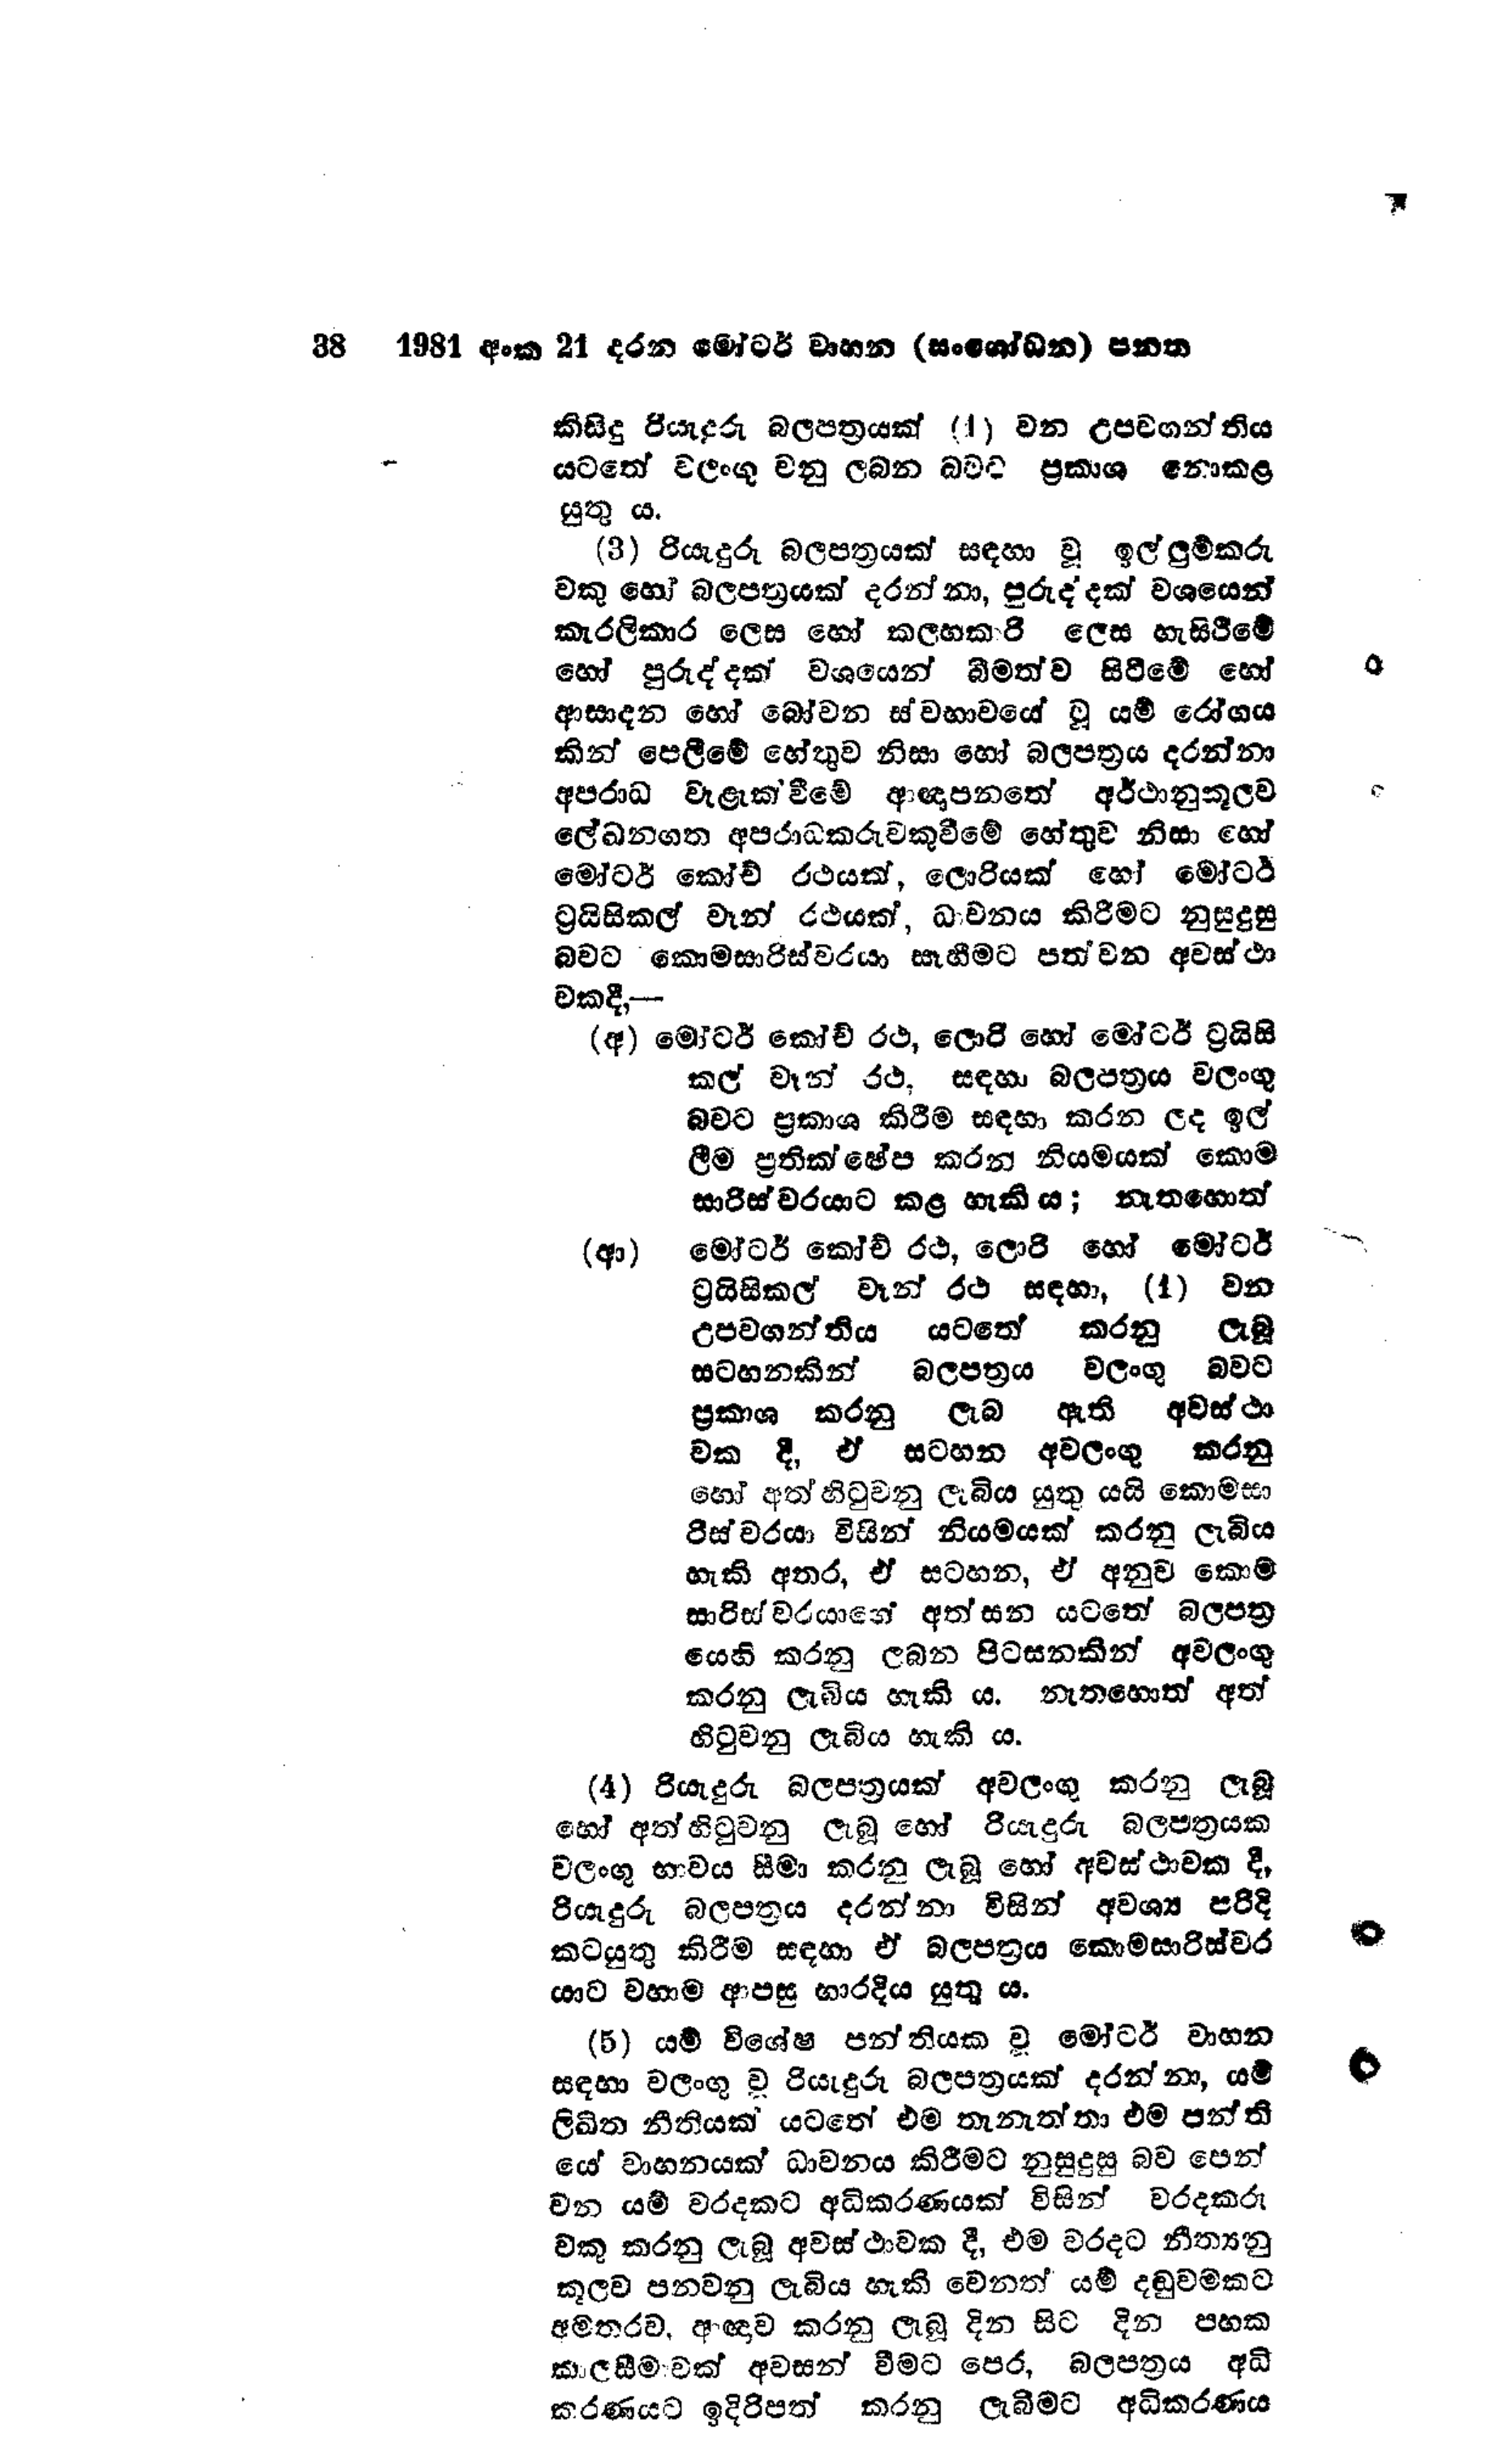
38  1981 අංක 21 දරන මෝටර් වාහන (සංශෝධන) පනත

කිසිදු රියැදුරු බලපත්‍රයක් (1) වන උපවගන්තිය
යටතේ වලංගු වනු ලබන බවට ප්‍රකාශ නොකළ
යුතු ය.

(3) රියැදුරු බලපත්‍රයක් සඳහා වූ ඉල්ලුම්කරු
වකු හෝ බලපත්‍රයක් දරන්නා, පුරුද්දක් වශයෙන්
කැරලිකාර ලෙස හෝ කලහකාරි ලෙස හැසිරීමේ
හෝ පුරුද්දක් වශයෙන් බීමත්ව සිටීමේ හෝ
ආසාදන හෝ බෝවන ස්වභාවයේ වූ යම් රෝගය
කින් පෙලීමේ හේතුව නිසා හෝ බලපත්‍රය දරන්නා
අපරාධ වැළැක්වීමේ ආඥාපනතේ අර්ථානුකූලව
ලේඛනගත අපරාධකරුවකුවීමේ හේතුව නිසා හෝ
මෝටර් කෝච් රථයක්, ලොරියක් හෝ මෝටර්
ට්‍රයිසිකල් වෑන් රථයක්, ධාවනය කිරීමට නුසුදුසු
බවට කොමසාරිස්වරයා සෑහීමට පත්වන අවස්ථා
වකදී,

(අ)මෝටර් කෝච් රථ, ලොරි හෝ මෝටර් ට්‍රයිසි
කල් වෑන් රථ, සඳහා බලපත්‍රය වලංගු
බවට ප්‍රකාශ කිරීම සඳහා කරන ලද ඉල්
ලීම ප්‍රතික්ෂේප කරන නියමයක් කොම
සාරිස්වරයාට කළ හැකිය; නැතහොත්

(ආ)මෝටර් කෝච් රථ, ලොරි හෝ මෝටර්
ට්‍රයිසිකල් වෑන් රථ සඳහා, (1) වන
උපවගන්තිය යටතේ කරනු ලැබූ
සටහනකින් බලපත්‍රය වලංගු බවට
ප්‍රකාශ කරනු ලැබ ඇති අවස්ථා
වක දී, ඒ සටහන අවලංගු කරනු
හෝ අත් හිටුවනු ලැබිය යුතු යයි කොමසා
රිස්වරයා විසින් නියමයක් කරනු ලැබිය
හැකි අතර, ඒ සටහන, ඒ අනුව කොම
සාරිස්වරයාගේ අත්සන යටතේ බලපත්‍ර
යෙහි කරනු ලබන පිටසනකින් අවලංගු
කරනු ලැබිය හැකි ය. නැතහොත් අත්
හිටුවනු ලැබිය හැකි ය.

(4) රියැදුරු බලපත්‍රයක් අවලංගු කරනු ලැබූ
හෝ අත් හිටුවනු ලැබූ හෝ රියැදුරු බලපත්‍රයක
වලංගු භාවය සීමා කරනු ලැබූ හෝ අවස්ථාවක දී,
රියැදුරු බලපත්‍රය දරන්නා විසින් අවශ්‍ය පරිදි
කටයුතු කිරීම සඳහා ඒ බලපත්‍රය කොමසාරිස්වර
යාට වහාම ආපසු භාරදිය යුතු ය.

(5) යම් විශේෂ පන්තියක වූ මෝටර් වාහන
සඳහා වලංගු වූ රියැදුරු බලපත්‍රයක් දරන්නා, යම්
ලිඛිත නීතියක් යටතේ එම තැනැත්තා එම පන්ති
යේ වාහනයක් ධාවනය කිරීමට නුසුදුසු බව පෙන්
වන යම් වරදකට අධිකරණයක් විසින් වරදකරු
වකු කරනු ලැබූ අවස්ථාවක දී, එම වරදට නීත්‍යනු
කූලව පනවනු ලැබිය හැකි වෙනත් යම් දඬුවමකට
අමතරව, ආඥාව කරනු ලැබූ දින සිට දින පහක
කාලසීමාවක් අවසන් වීමට පෙර, බලපත්‍රය අධි
කරණයට ඉදිරිපත් කරනු ලැබීමට අධිකරණය